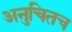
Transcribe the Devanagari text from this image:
अनुचितच